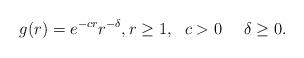
LaTeX: \begin{align*} g(r) = e^{-c r} r^{-\delta}, r \geq 1, \ \ c>0 \ \ \ \ \delta \geq 0.\end{align*}